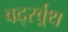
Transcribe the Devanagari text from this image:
वर्द्स्व्र्थ